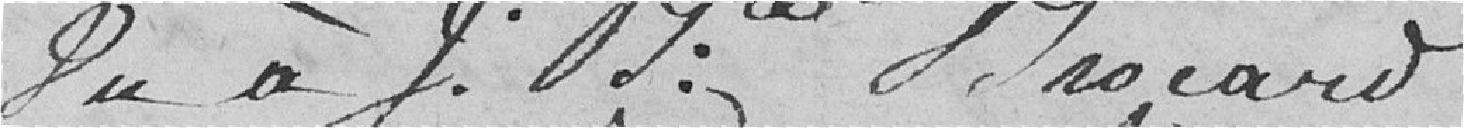
Du à J. M. Mrocard